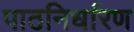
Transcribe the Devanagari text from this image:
पाठनिर्धारण